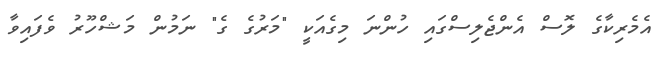
އެމެރިކާގެ ލޮސް އެންޖެލިސްގައި ހުންނަ މިގެއަކީ "މަރުގެ ގެ" ނަމުން މަޝްހޫރު ވެފައިވާ